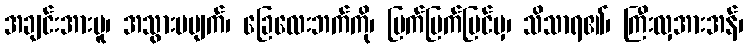
အချင်းအားမူ၊ အသွားမပျက်၊ ခြေလေးဘက်ကို၊ ပြက်ပြက်မြင်မှ၊ သိသာရ၏၊ ကြီးလှအားအန်၊